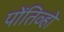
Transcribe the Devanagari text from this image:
पोंतिव्हो